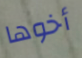
أخوها